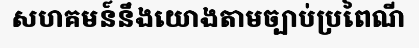
សហគមន៍នឹងយោងតាមច្បាប់ប្រពៃណី